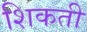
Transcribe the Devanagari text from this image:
शिकती